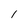
Character: l